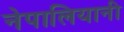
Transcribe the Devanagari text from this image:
नेपालियानी